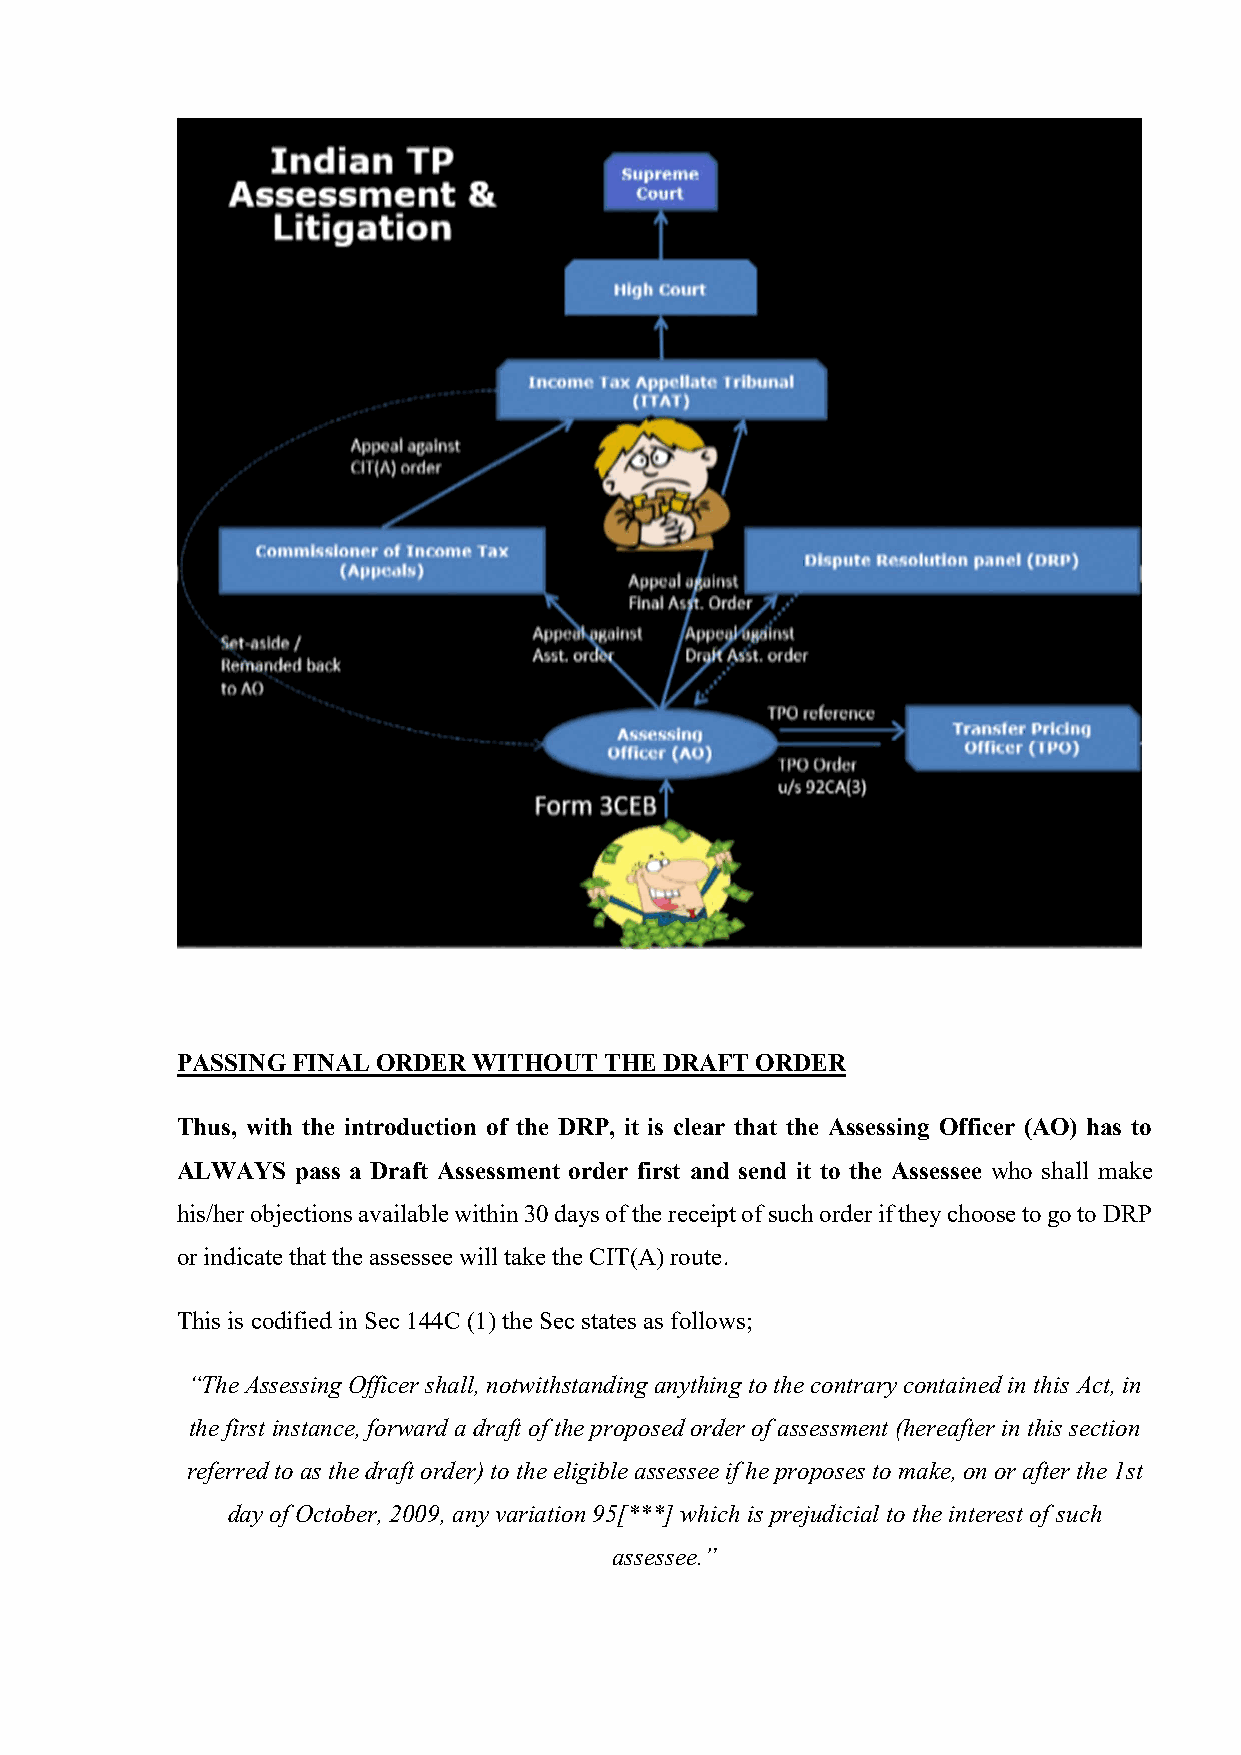
PASSING FINAL ORDER WITHOUT THE DRAFT ORDER
 Thus, with the introduction of the DRP, it is clear that the Assessing Officer (AO) has to
 ALWAYS  pass a Draft Assessment order first and send it to the Assessee who shall make
 his/her objections available within 30 days of the receipt of such order if they choose to go to DRP
 or indicate that the assessee will take the CIT(A) route.
 This is codified in Sec 144C (1) the Sec states as follows;
 “The Assessing Officer shall, notwithstanding anything to the contrary contained in this Act, in
 the first instance, forward a draft of the proposed order of assessment (hereafter in this section
 referred to as the draft order) to the eligible assessee if he proposes to make, on or after the 1st
 day of October, 2009, any variation 95[***] which is prejudicial to the interest of such
 assessee.”